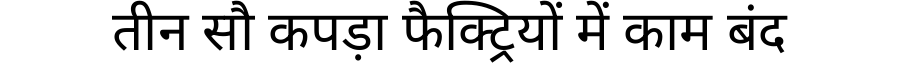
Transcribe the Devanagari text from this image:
तीन सौ कपड़ा फैक्ट्रियों में काम बंद